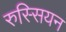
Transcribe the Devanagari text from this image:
रुस्सियन